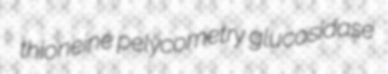
thioneine pelycometry glucosidase